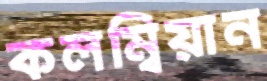
কলম্বিয়ান